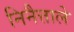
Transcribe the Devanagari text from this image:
निनैत्ताले